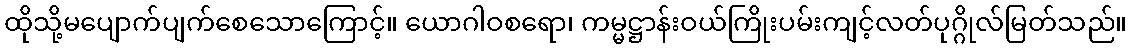
ထိုသို့မပျောက်ပျက်စေသောကြောင့်။ ယောဂါဝစရော၊ ကမ္မဋ္ဌာန်းဝယ်ကြိုးပမ်းကျင့်လတ်ပုဂ္ဂိုလ်မြတ်သည်။